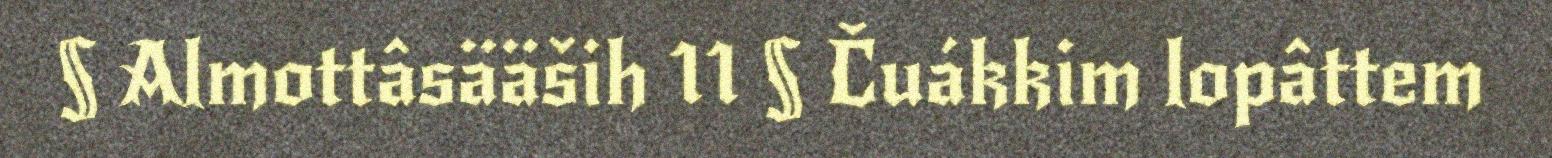
§ Almottâsääših 11 § Čuákkim lopâttem